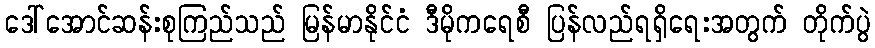
ဒေါ်အောင်ဆန်းစုကြည်သည် မြန်မာနိုင်ငံ ဒီမိုကရေစီ ပြန်လည်ရရှိရေးအတွက် တိုက်ပွဲ